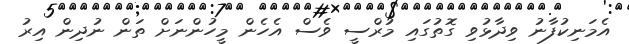
އެމަނިކުފާނު ވިދާޅުވި ގޮތުގައި މުރްސީ ވެސް އެހެން މީހުންނަށް ތަން ނުދިން އިރު